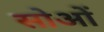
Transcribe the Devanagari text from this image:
सोओं